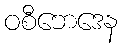
ဝစီဘေဒေန